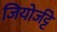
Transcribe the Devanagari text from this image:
जियोर्जट्टे